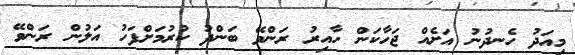
މިއަދު ހެނދުނު އަށެއް ޖަހާކަން ހާއިރު ރަންވޭ ބަންދު ކުރުމަށްފަހު އަލުން ރަންވޭ